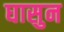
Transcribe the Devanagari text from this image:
घासुन